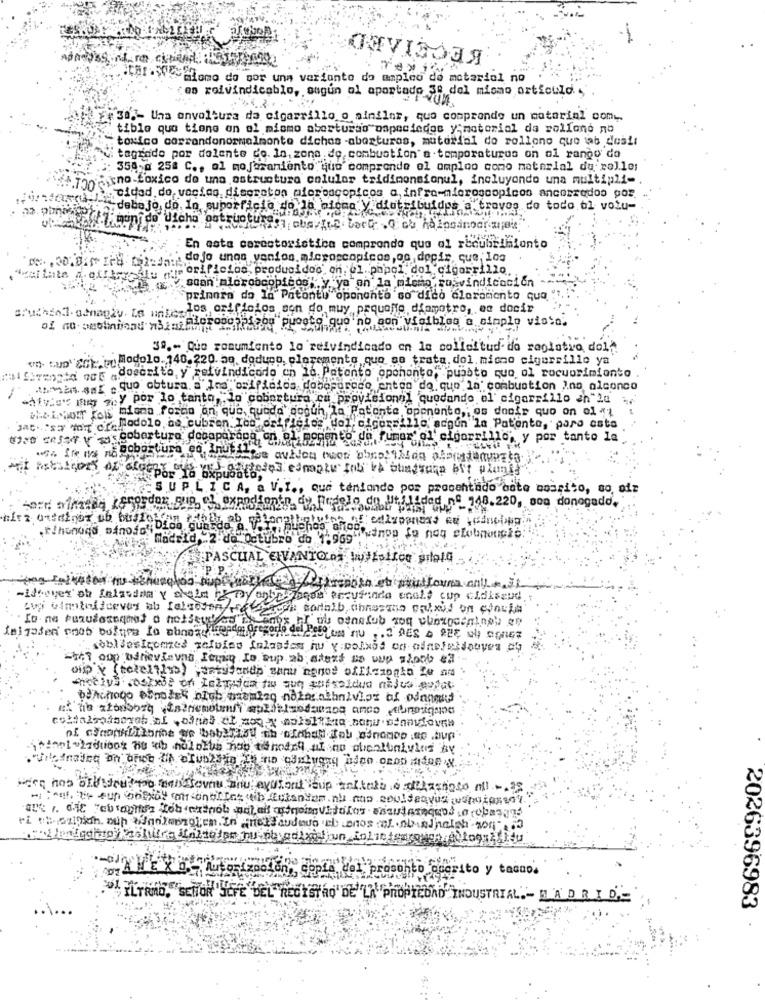
ОтVIGOJЯ
Caf .Wemlomo do por una variante da amples de motariol no
¿es reivindicablo, augun ol aportado Se del mismo orticuld '
30 .- Uha envoltura da cigarrillo o sinilar, que comprende un material comy.
tible que tiene on al mismo aberturto ospeciedos y;motorial da pollone no
"toxico cerrandonormalmonto dichas -aberturas, material do rollono que tab desir
"tagrado por dolente do. In, zona de combustion a temperaturas on ol rango do
359-0 258 C ., ol mejoramiento quo comprendo ol omploo como material du rolle:
: ino-Loxico do una astructure celular tridimensionul, incluyendo una multipli-
cidad do vaciaq discretos microscopicos a, infra-microscopices ancorredos por
diatribuidos a traves do todo al volu-
debojo do In superficie doBe Done La
uneceofTimenide diche estructures obevite Lost .Q cs haipainoare
En esta cercatorictica comprendo que al recubrimiento
'orificios, producidocon el papel dol cigarrillo.
soan microscopicos; y ya an la mismo sosvindicación
"prinnra do 16 Patontu oponanto so dico claramente qua
auchIl amaniy ia untados, orificios son do muy prouafte diamotro, es decir
of no. petlindond "Simi Ffpropo?pigog" puesto que no son visibles a simple vista.
....
3º .- Que romumiento lo reivindicado en la colleitud do registro doll
" tuD" Sok,tuModolo. 140.220. 5q, deduco, cloremento que se trata. dol. miono cigarrillo ya
doscrito,y reivindicado en lo Patento opchonto, pubbto que ol rocuorimiento
Roman sal e quo obtura a Ins cripinfos doboporcco antes de que la combustion Ins alcance
divies mm y por lo tanto, lo"cobertura ca provisional quedando el' cigarrillo en la
whalehour fois biona forno on que, queda dodun la Patente oppnonto, os docte quo on ol "1
sat. 's> way ofpodolo ao cubren Los orificios del, ofcursillo argon la Patente, para esta
tivo deser v sas cobertura dobaparada en el momento de fumar el cigarrillo, y por tanto la
S UP LICA, a V.I ., qua tentando por presentado oste mosrico, so, diz
jord alhasta (Grosdor sup, el expedfontn, de Freelo de Utilidad nf 748.220, son donogadd.
Madrid,"2 de Octubre do 1,969"
PASCUAL CIVANTOLA wulfsites grieta
wideover'oh falasdan v sholm hy my anteklagen Pecufinde enelf cup cidiscud
cui viminiicevoy ab felsesen),
obllasIcomed zeloies falastes hu y polxis on aimefeldouves af
Stat oup bdrievlauns femin Io sup ab stext soup stone
oin'y (telcitius) astutande manu menos officiogto Zu na
wien has old went to mels toune bou eyessont cup alters a defactoso all -. 25
- Auf. the cup baixay of sohoities sib utantem nu man couldequus vondienst
cerito y tacaos
TRAD."SELON'SCFE DEL REGISTRO DE LA PROPIEDAD INDUSTRIAL .- MADRID
2026396983
4 ::